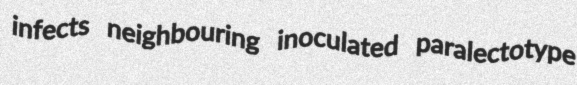
infects neighbouring inoculated paralectotype